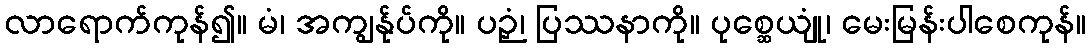
လာရောက်ကုန်၍။ မံ၊ အကျွန်ုပ်ကို။ ပဉှံ၊ ပြဿနာကို။ ပုစ္ဆေယျုံ၊ မေးမြန်းပါစေကုန်။